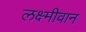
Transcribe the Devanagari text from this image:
लक्ष्मीवान